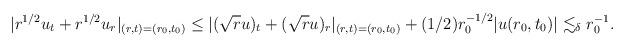
LaTeX: \begin{align*} |r^{1/2} u_t + r^{1/2} u_r|_{(r,t)=(r_0,t_0)} \leq |(\sqrt{r}u)_t + (\sqrt{r}u)_r|_{(r,t)=(r_0,t_0)} + (1/2) r_0^{-1/2} |u(r_0,t_0)| \lesssim_\delta r_0^{-1}.\end{align*}